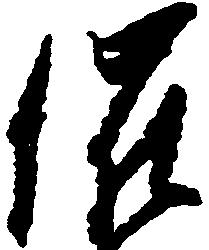
催